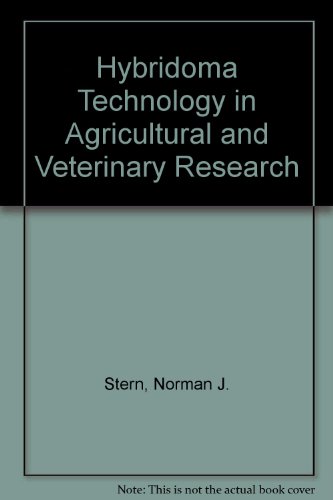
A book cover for Hybridoma Technology in Agricultural and Veterinary Research; Medical Books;